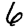
Digit: 6